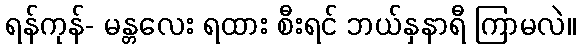
ရန်ကုန်- မန္တလေး ရထား စီးရင် ဘယ်နှနာရီ ကြာမလဲ။